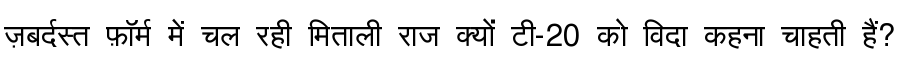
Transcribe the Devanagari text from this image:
ज़बर्दस्त फ़ॉर्म में चल रही मिताली राज क्यों टी-20 को विदा कहना चाहती हैं?